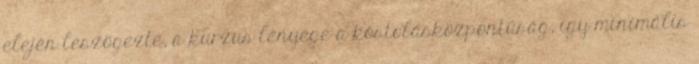
elején leszögezte, a kurzus lényege a kóstolásközpontúság, így minimális